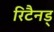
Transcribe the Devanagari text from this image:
रिटैनड्